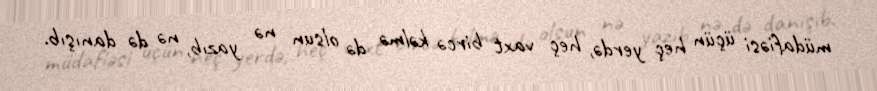
müdafiəsi üçün heç yerdə, heç vaxt bircə kəlmə də olsun nə yazıb, nə də danışıb.